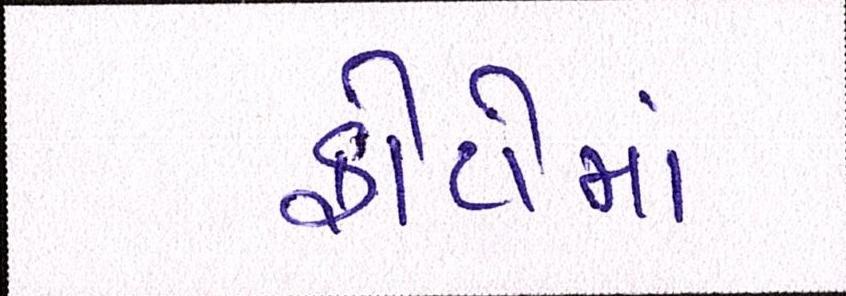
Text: ફોટોમાં